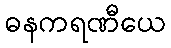
ဓနကရဏီယေ